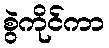
စွဲကိုင်ကာ